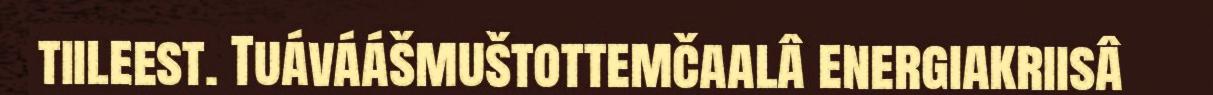
tiileest. Tuáváášmuštottemčaalâ energiakriisâ